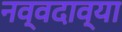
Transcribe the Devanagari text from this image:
नव्वदाव्या